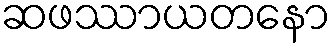
ဆဖဿာယတနော